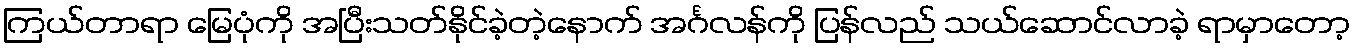
ကြယ်တာရာ မြေပုံကို အပြီးသတ်နိုင်ခဲ့တဲ့နောက် အင်္ဂလန်ကို ပြန်လည် သယ်ဆောင်လာခဲ့ ရာမှာတော့